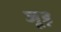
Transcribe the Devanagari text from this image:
जूड़